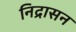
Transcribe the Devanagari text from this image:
निद्रासन